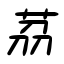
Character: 茘